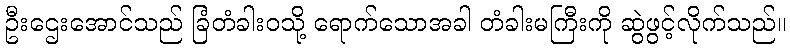
ဦးဌေးအောင်သည် ခြံတံခါးဝသို့ ရောက်သောအခါ တံခါးမကြီးကို ဆွဲဖွင့်လိုက်သည်။